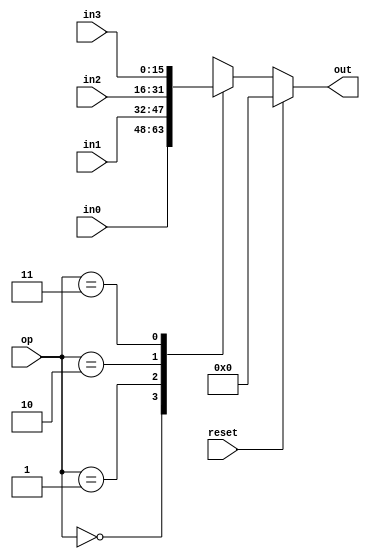
// Four way Multiplexer

module four_way_mux_component(in0, in1, in2, in3, op, reset, out);

input [15:0] in0;
input [15:0] in1;
input [15:0] in2;
input [15:0] in3;
input [1:0] op;
input reset;

output reg [15:0] out;


always @(in0 or in1 or in2 or in3 or op or reset)
begin
	if (reset) begin
		out <= 0;
	end else
    begin
		case (op)
			2'b00: out <= in0;
			2'b01: out <= in1;
			2'b10: out <= in2;
			2'b11: out <= in3;
		endcase
	end
end

endmodule